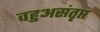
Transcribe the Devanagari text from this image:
वहुअसंतृप्त